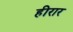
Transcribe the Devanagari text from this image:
हीरार